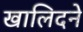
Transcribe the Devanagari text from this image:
खालिदने